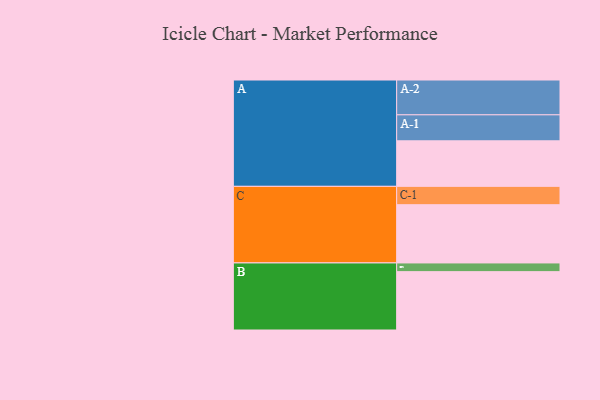
{"axis": {"x": "Segment", "y": "Value"}, "legend": ["", "A", "B", "C"], "data": [{"x": "A", "y": 387, "type": ""}, {"x": "B", "y": 496, "type": ""}, {"x": "C", "y": 495, "type": ""}, {"x": "A-1", "y": 221, "type": "A"}, {"x": "A-2", "y": 296, "type": "A"}, {"x": "B-1", "y": 74, "type": "B"}, {"x": "C-1", "y": 156, "type": "C"}]}